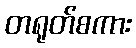
တရုတ်စကား